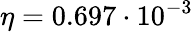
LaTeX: \eta=0.697\cdot 10^{-3}